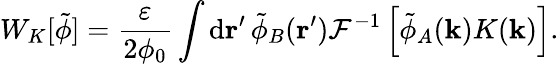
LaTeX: W_{K}[\tilde{\phi}]=\frac{\varepsilon}{2\phi_{0}}\int\mathrm{d}\mathbf{r}^{\prime}\, \tilde{\phi}_{B}(\mathbf{r}^{\prime})\mathcal{F}^{-1}\left[\tilde{\phi}_{A}(\mathbf{k})K(\mathbf{k})\right].